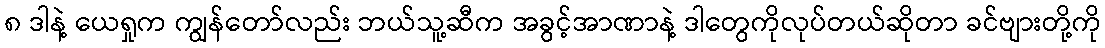
၈ ဒါနဲ့ ယေရှုက ကျွန်တော်လည်း ဘယ်သူ့ဆီက အခွင့်အာဏာနဲ့ ဒါတွေကိုလုပ်တယ်ဆိုတာ ခင်ဗျားတို့ကို